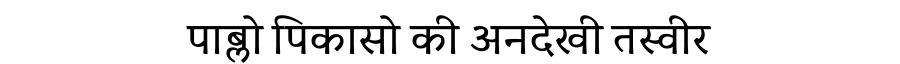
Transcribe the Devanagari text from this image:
पाब्लो पिकासो की अनदेखी तस्वीर